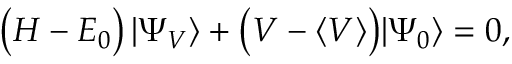
\begin{array} { r } { \big ( H - E _ { 0 } \big ) \, | \Psi _ { V } \rangle + \big ( V - \langle V \rangle \big ) | \Psi _ { 0 } \rangle = 0 , } \end{array}